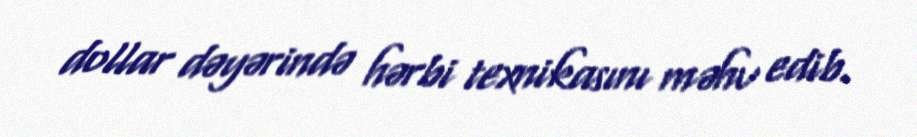
dollar dəyərində hərbi texnikasını məhv edib.